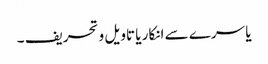
یا سرے سے انکار یا تاویل و تحریف ۔